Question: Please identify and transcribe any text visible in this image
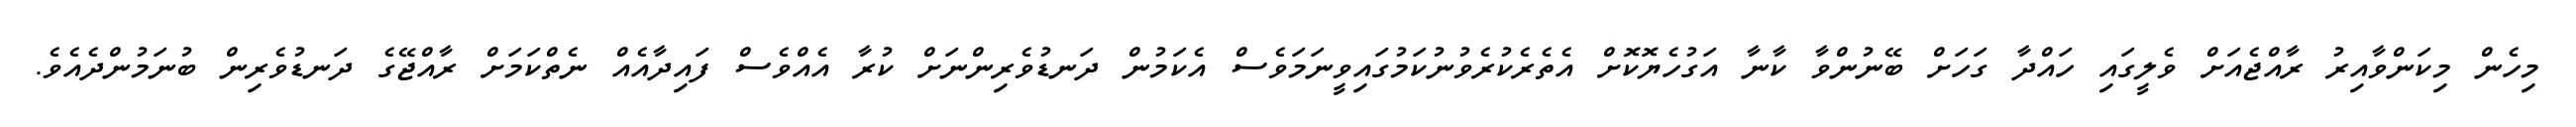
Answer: މިހެން މިކަންވާއިރު ރާއްޖެއަށް ވެލީގައި ހައްދާ ގަހަށް ބޭނުންވާ ކާނާ އަގުހެޔޮކޮށް އެތެރެކުރެވުނުކަމުގައިވީނަމަވެސް އެކަމުން ދަނޑުވެރިންނަށް ކުރާ އެއްވެސް ފައިދާއެއް ނެތްކަމަށް ރާއްޖޭގެ ދަނޑުވެރިން ބުނަމުންދެއެވެ.